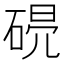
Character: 𥓣